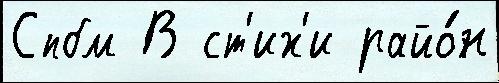
Спбм В ст'их'и райо́н